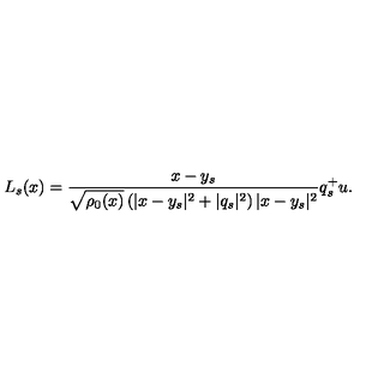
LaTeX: L _ { s } ( x ) = \frac { x - y _ { s } } { \sqrt { \rho _ { 0 } ( x ) } \left( | x - y _ { s } | ^ { 2 } + | q _ { s } | ^ { 2 } \right) | x - y _ { s } | ^ { 2 } } q _ { s } ^ { + } u .